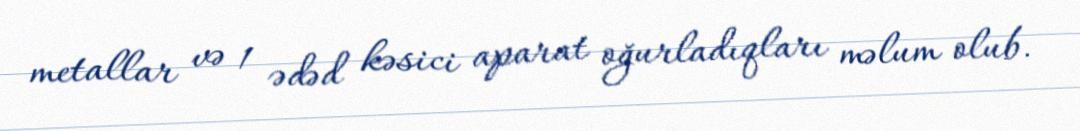
metallar və 1 ədəd kəsici aparat oğurladıqları məlum olub.